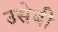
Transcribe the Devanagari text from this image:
उसेबी